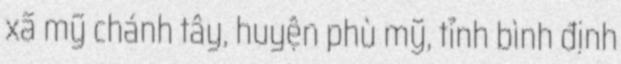
xã mỹ chánh tây, huyện phù mỹ, tỉnh bình định